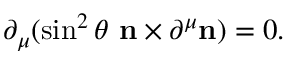
\partial _ { \mu } ( \sin ^ { 2 } \theta \, \, { \bf n } \times \partial ^ { \mu } { \bf n } ) = 0 .